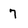
Character: 7